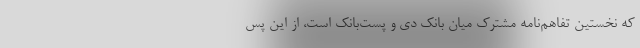
که نخستین تفاهم‌نامه مشترک میان بانک دی و پست‌بانک است، از این پس